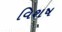
વિશષ